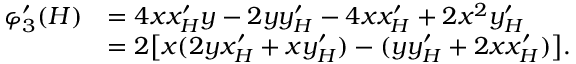
\begin{array} { r l } { \varphi _ { 3 } ^ { \prime } ( H ) } & { = 4 x x _ { H } ^ { \prime } y - 2 y y _ { H } ^ { \prime } - 4 x x _ { H } ^ { \prime } + 2 x ^ { 2 } y _ { H } ^ { \prime } } \\ & { = 2 \bigl [ x ( 2 y x _ { H } ^ { \prime } + x y _ { H } ^ { \prime } ) - ( y y _ { H } ^ { \prime } + 2 x x _ { H } ^ { \prime } ) \bigr ] . } \end{array}